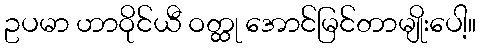
ဥပမာ ဟာဝိုင်ယီ ဝတ္ထု အောင်မြင်တာမျိုးပေါ့။